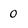
Character: o